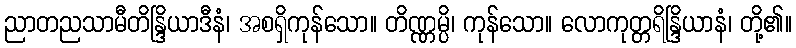
ညာတညသာမီတိန္ဒြိယာဒီနံ၊ အစရှိကုန်သော။ တိဏ္ဏမ္ပိ၊ ကုန်သော။ လောကုတ္တရိန္ဒြိယာနံ၊ တို့၏။